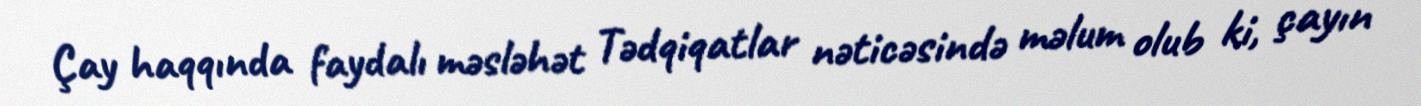
Çay haqqında faydalı məsləhət Tədqiqatlar nəticəsində məlum olub ki, çayın